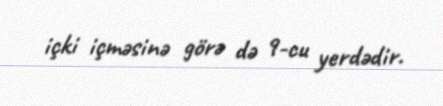
içki içməsinə görə də 9-cu yerdədir.